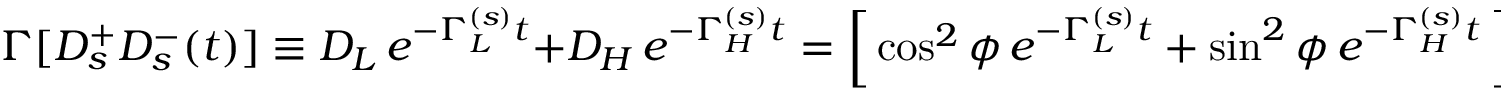
\Gamma [ D _ { s } ^ { + } D _ { s } ^ { - } ( t ) ] \equiv D _ { L } \, e ^ { - \Gamma _ { L } ^ { ( s ) } t } + D _ { H } \, e ^ { - \Gamma _ { H } ^ { ( s ) } t } = \left[ \, \cos ^ { 2 } \phi \, e ^ { - \Gamma _ { L } ^ { ( s ) } t } + \sin ^ { 2 } \phi \, e ^ { - \Gamma _ { H } ^ { ( s ) } t } \, \right] \tilde { \Gamma } _ { 0 }